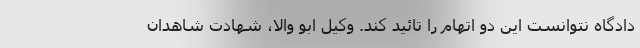
دادگاه نتوانست این دو اتهام را تائید کند. وکیل ابو والا، شهادت شاهدان